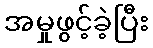
အမှုဖွင့်ခဲ့ပြီး